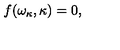
f ( \omega _ { \kappa } , \kappa ) = 0 ,